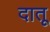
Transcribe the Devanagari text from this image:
दातू